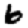
Digit: 6